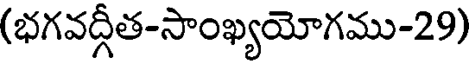
(భగవద్గీత-సాంఖ్యయోగము-29)